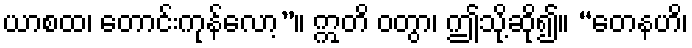
ယာစထ၊ တောင်းကုန်လော့”။ ဣတိ ဝတွာ၊ ဤသို့ဆို၍။ “တေနဟိ၊